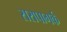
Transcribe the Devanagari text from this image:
सरापागर्क